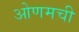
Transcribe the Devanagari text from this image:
ओणमची